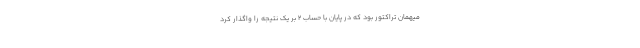
میهمان تراکتور بود که در پایان با حساب 2 بر یک نتیجه را واگذار کرد